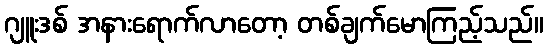
ဂျူးဒစ် အနားရောက်လာတော့ တစ်ချက်မောကြည့်သည်။